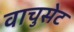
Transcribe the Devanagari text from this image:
वाचुसेट